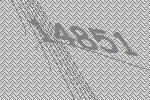
14851